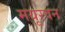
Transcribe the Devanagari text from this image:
मयूरवन